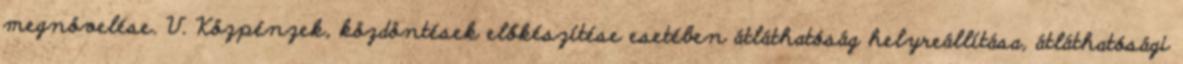
megnövelése. V. Közpénzek, közdöntések előkészítése esetében átláthatóság helyreállítása, átláthatósági